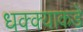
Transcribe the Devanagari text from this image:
धक्क्याकडे